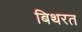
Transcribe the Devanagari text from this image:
बिथरत